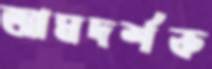
আমদর্শক